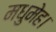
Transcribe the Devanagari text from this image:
मधुमेह।